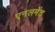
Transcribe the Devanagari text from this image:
एनलमेंट